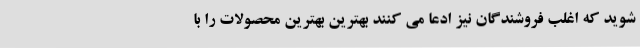
شوید که اغلب فروشندگان نیز ادعا می کنند بهترین بهترین محصولات را با